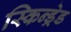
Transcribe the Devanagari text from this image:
स्किन्ड्रेड